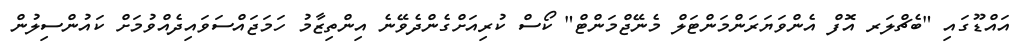
އައްޑޫގައި "ބެޗްލަރ އޮފް އެންވަޔަރަންމަންޓަލް މެނޭޖްމަންޓް" ކޯސް ކުރިއަށްގެންދެވޭނެ އިންތިޒާމު ހަމަޖައްސަވައިދެއްވުމަށް ކައުންސިލުން